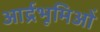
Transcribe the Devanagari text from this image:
आर्द्रभूमिओं